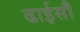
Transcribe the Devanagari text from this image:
ढाईसौ